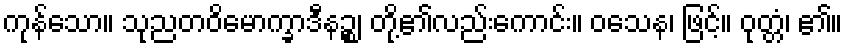
ကုန်သော။ သုညတဝိမောက္ခာဒီနဉ္စ၊ တို့၏လည်းကောင်း။ ဝသေန၊ ဖြင့်။ ဝုတ္တံ၊ ၏။